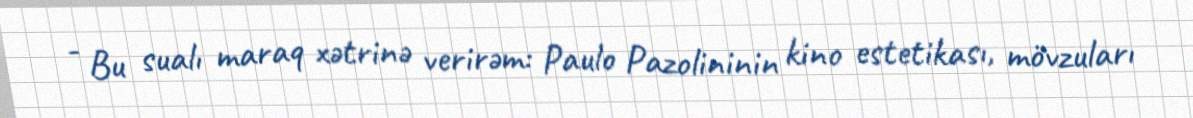
- Bu sualı maraq xətrinə verirəm: Paulo Pazolininin kino estetikası, mövzuları